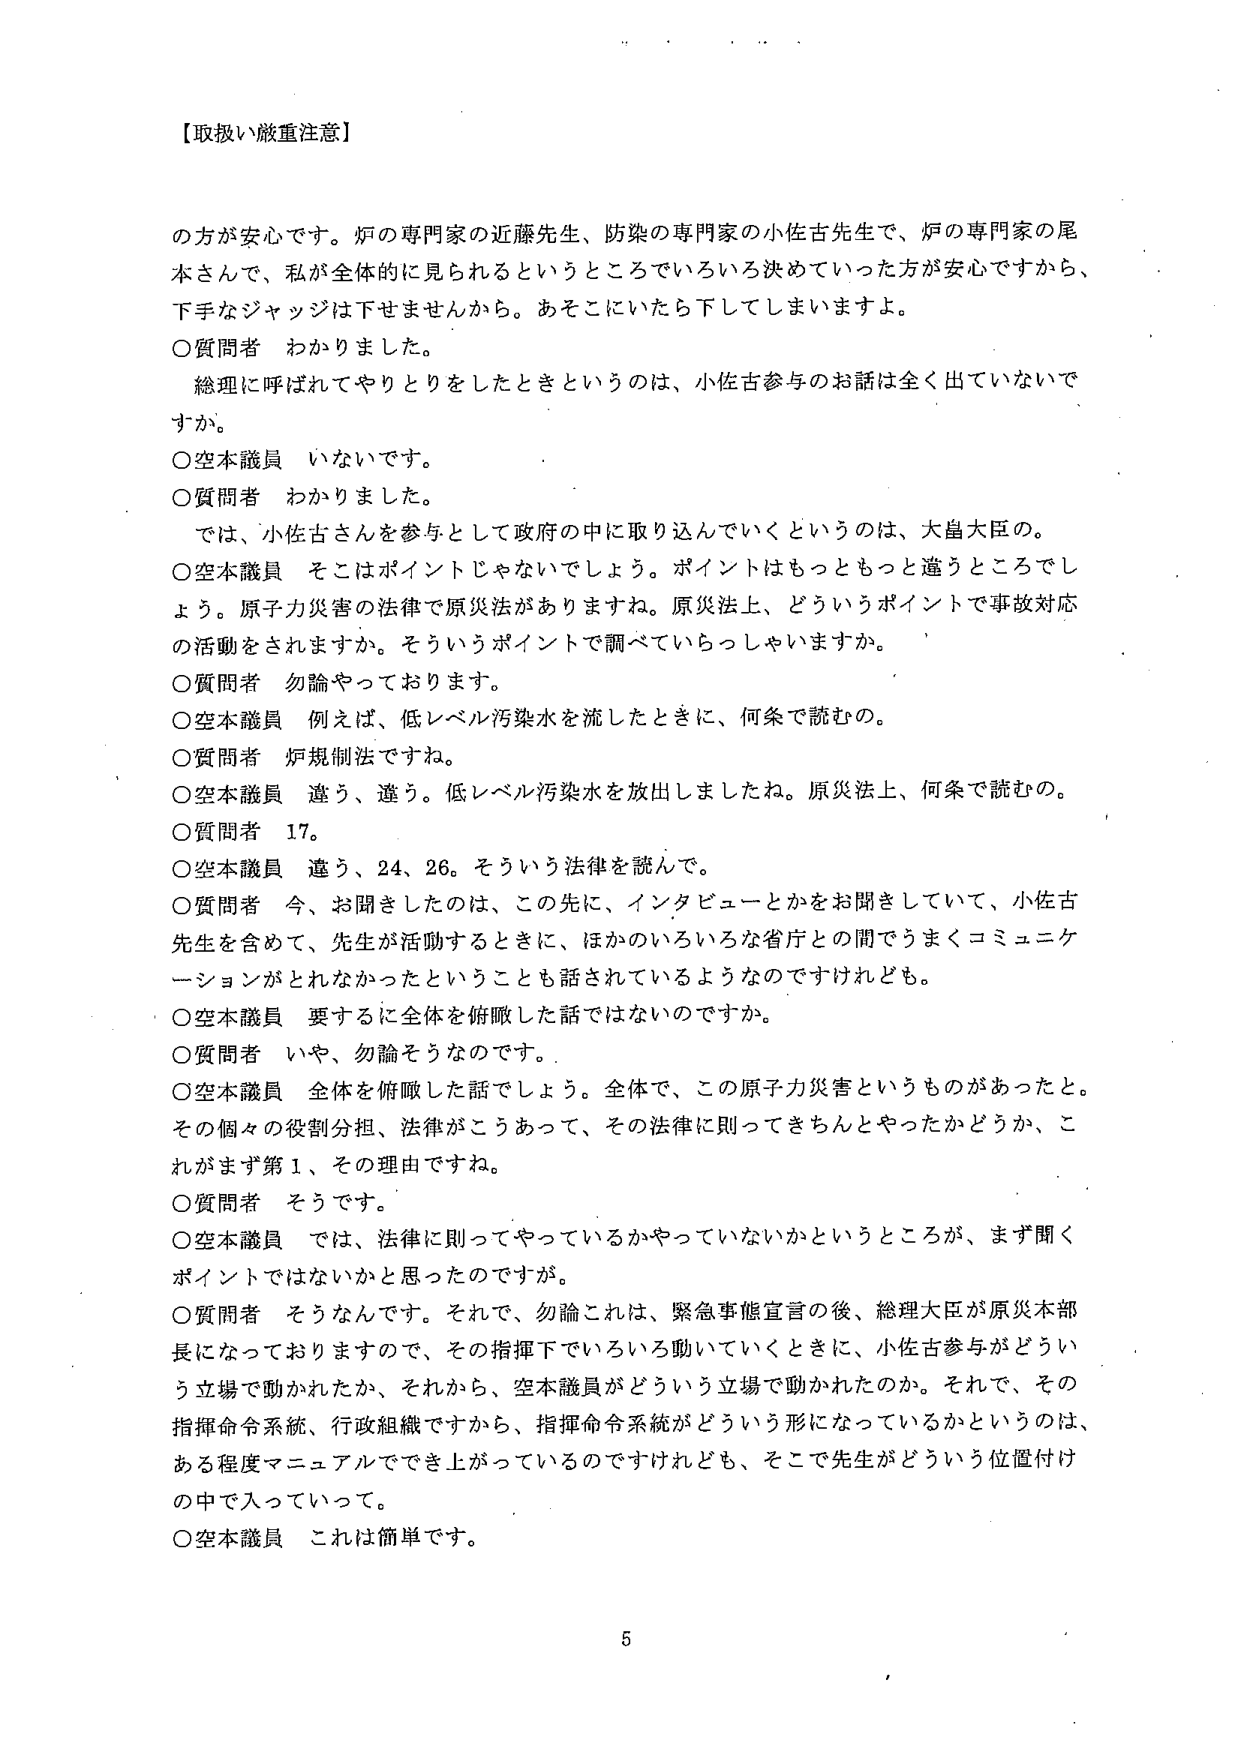
【取扱い厳重注意】

の方が安心です。炉の専門家の近藤先生、防染の専門家の小佐古先生で、炉の専門家の尾本さんで、私が全体的に見られるというところでいろいろ決めていった方が安心ですから、下手なジャッジは下せませんから。あそこにいたら下してしまいますよ。

○質問者 わかりました。
　総理に呼ばれてやりとりをしたときというのは、小佐古参与のお話は全く出ていないですか。

○空本議員 いないです。

○質問者 わかりました。
　では、小佐古さんを参与として政府の中に取り込んでいくというのは、大畠大臣の。

○空本議員 そこはポイントじゃないでしょう。ポイントはもっともっと違うところでしょう。原子力災害の法律で原災法がありますね。原災法上、どういうポイントで事故対応の活動をされますか。そういうポイントで調べていらっしゃいますか。

○質問者 勿論やっております。

○空本議員 例えば、低レベル汚染水を流したときに、何条で読むの。

○質問者 炉規制法ですね。

○空本議員 違う、違う。低レベル汚染水を放出しましたね。原災法上、何条で読むの。

○質問者 17。

○空本議員 違う、24、26。そういう法律を読んで。

○質問者 今、お聞きしたのは、この先に、インタビューとかをお聞きしていて、小佐古先生を含めて、先生が活動するときに、ほかのいろいろな省庁との間でうまくコミュニケーションがとれなかったということも話されているようなのですけれども。

○空本議員 要するに全体を俯瞰した話ではないのですか。

○質問者 いや、勿論そうなのです。

○空本議員 全体を俯瞰した話でしょう。全体で、この原子力災害というものがあったと。その個々の役割分担、法律がこうあって、その法律に則ってきちんとやったかどうか、これがまず第1、その理由ですね。

○質問者 そうです。

○空本議員 では、法律に則ってやっているかやっていないかというところが、まず聞くポイントではないかと思ったのですが。

○質問者 そうなんです。それで、勿論これは、緊急事態宣言の後、総理大臣が原災本部長になっておりますので、その指揮下でいろいろ動いていくときに、小佐古参与がどういう立場で動かれたか、それから、空本議員がどういう立場で動かれたのか。それで、その指揮命令系統、行政組織ですから、指揮命令系統がどういう形になっているかというのは、ある程度マニュアルででき上がっているのですけれども、そこで先生がどういう位置付けの中に入っていって。

○空本議員 これは簡単です。

5